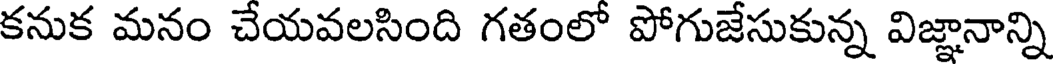
కనుక మనం చేయవలసింది గతంలో పోగుజేసుకున్న విజ్ఞానాన్ని